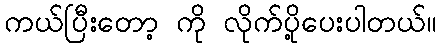
ကယ်ပြီးတော့ ကို လိုက်ပို့ပေးပါတယ်။